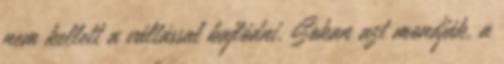
nem kellett a váltással bajlódni. Sokan azt mondják, a